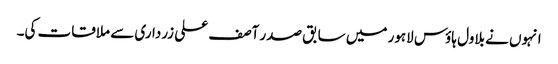
انہوں نے بلاول ہاؤس لاہور میں سابق صدر آصف علی زرداری سے ملاقات کی۔